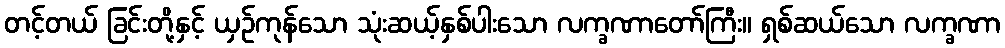
တင့်တယ် ခြင်းတို့နှင့် ယှဉ်ကုန်သော သုံးဆယ့်နှစ်ပါးသော လက္ခဏာတော်ကြီး။ ရှစ်ဆယ်သော လက္ခဏာ